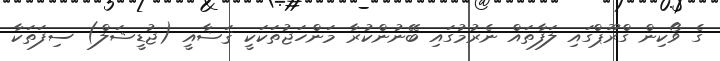
ގެ ވޯކިން ގްރޫޕްގައި ލަފާތައް ނެރުމުގައި ބޭނުންކުރާ މަންހަޖުތަކަކީ ޤަޟާއީ (ޖުޑީޝަލް) ސިފަތަކާ